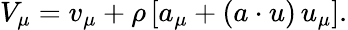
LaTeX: V_{\mu}=v_{\mu}+\rho\, [a_{\mu}+(a\cdot u)\, u_{\mu}].